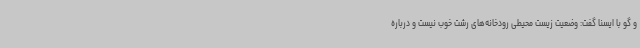
و گو با ایسنا گفت: وضعیت زیست محیطی رودخانه‌های رشت خوب نیست و درباره